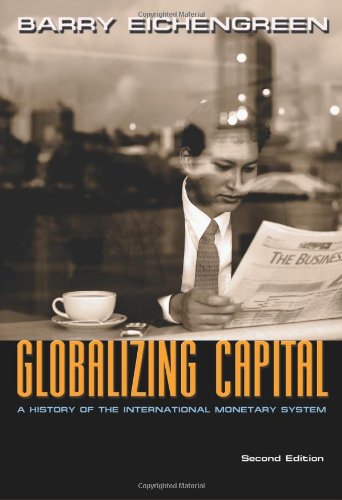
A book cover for Globalizing Capital: A History of the International Monetary System, Second edition; Barry Eichengreen; Business & Money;